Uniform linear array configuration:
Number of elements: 12
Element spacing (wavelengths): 0.75
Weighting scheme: exponential
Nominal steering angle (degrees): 60
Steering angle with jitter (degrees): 58.944
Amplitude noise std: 0.05
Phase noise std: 0.05

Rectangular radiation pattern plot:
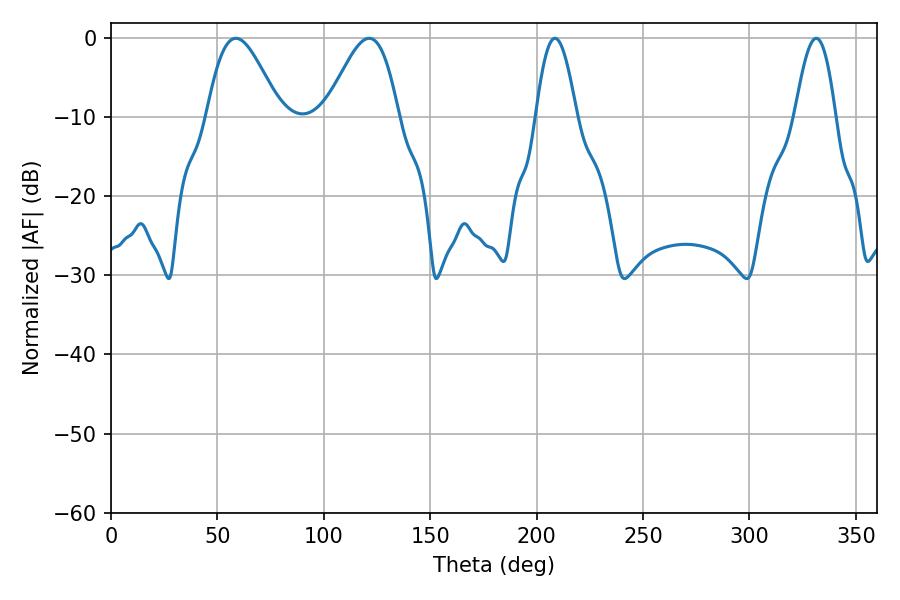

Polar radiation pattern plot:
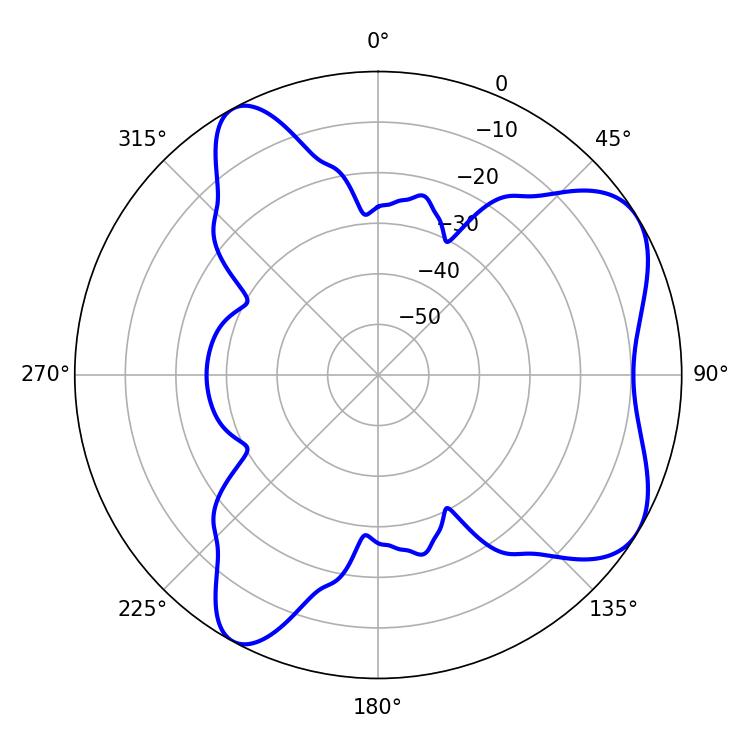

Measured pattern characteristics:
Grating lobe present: TRUE
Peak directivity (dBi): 6.499
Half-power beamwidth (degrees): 10.44
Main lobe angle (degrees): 208.62